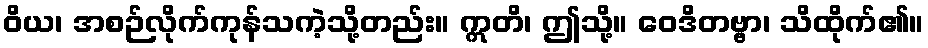
ဝိယ၊ အစဉ်လိုက်ကုန်သကဲ့သို့တည်း။ ဣတိ၊ ဤသို့။ ဝေဒိတဗ္ဗာ၊ သိထိုက်၏။